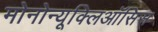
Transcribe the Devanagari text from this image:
मोनोन्यूक्लिऑसिस